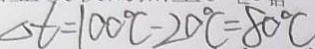
\Delta t = 1 0 0 ^ { \circ } C - 2 0 ^ { \circ } C = 8 0 ^ { \circ } C